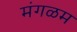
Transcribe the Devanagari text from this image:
मंगळम